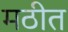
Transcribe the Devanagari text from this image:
मठीत